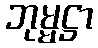
ဘုမ္မဋ္ဌာ